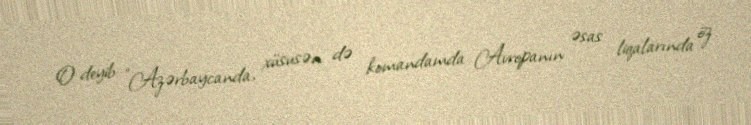
O deyib: "Azərbaycanda, xüsusən də komandamda Avropanın əsas liqalarında öz